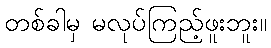
တစ်ခါမှ မလုပ်ကြည့်ဖူးဘူး။